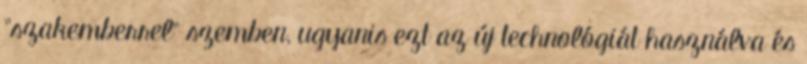
"szakemberrel" szemben, ugyanis ezt az új technológiát használva és